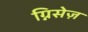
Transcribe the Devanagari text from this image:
ग्निसेज़